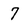
Character: 7